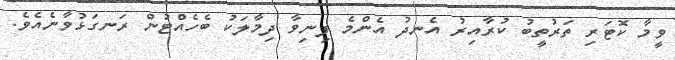
ވީމާ ކޮޓަރި ތަރުތީބު ކުރާއިރު އެނދު އެންމެ ފިނިވާ ދިމާލަކު ބެހެއްޓުން ރަނގަޅުވާނެއެވެ.